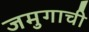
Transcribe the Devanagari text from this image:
जमुगाची